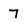
Character: 7